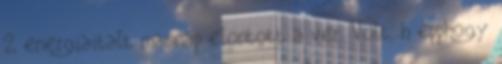
2 energiaitalt masnap elontott a ver. Volt, h epphogy